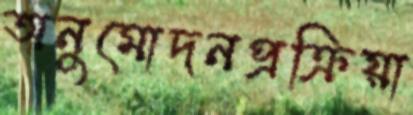
অনুমোদনপ্রক্রিয়া